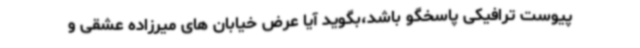
پیوست ترافیکی پاسخگو باشد،بگوید آیا عرض خیابان های میرزاده عشقی و